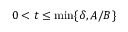
0 < t \leq \operatorname* { m i n } \{ \delta , A / B \}